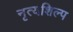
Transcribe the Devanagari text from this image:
नृत्यशिल्प